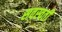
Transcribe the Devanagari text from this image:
सवस्वती